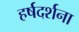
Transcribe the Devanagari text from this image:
हर्षदर्शना